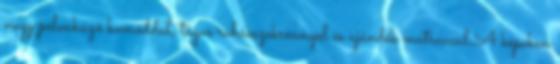
nagy pelenkázó komóddal, tágas ruhásszekrénnyel és ajándék matraccal.A képeken